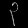
Digit: ၃